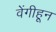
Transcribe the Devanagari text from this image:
वेंगीहून